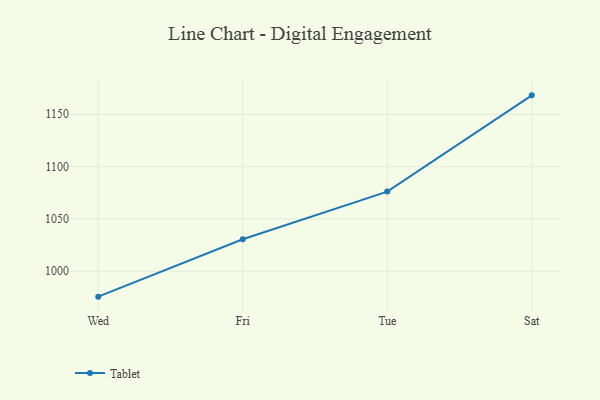
{"axis": {"x": "Day", "y": "Tickets Resolved"}, "legend": ["Tablet"], "data": [{"x": "Wed", "y": 975.7, "type": "Tablet"}, {"x": "Fri", "y": 1030.6, "type": "Tablet"}, {"x": "Tue", "y": 1076.1, "type": "Tablet"}, {"x": "Sat", "y": 1168.1, "type": "Tablet"}]}